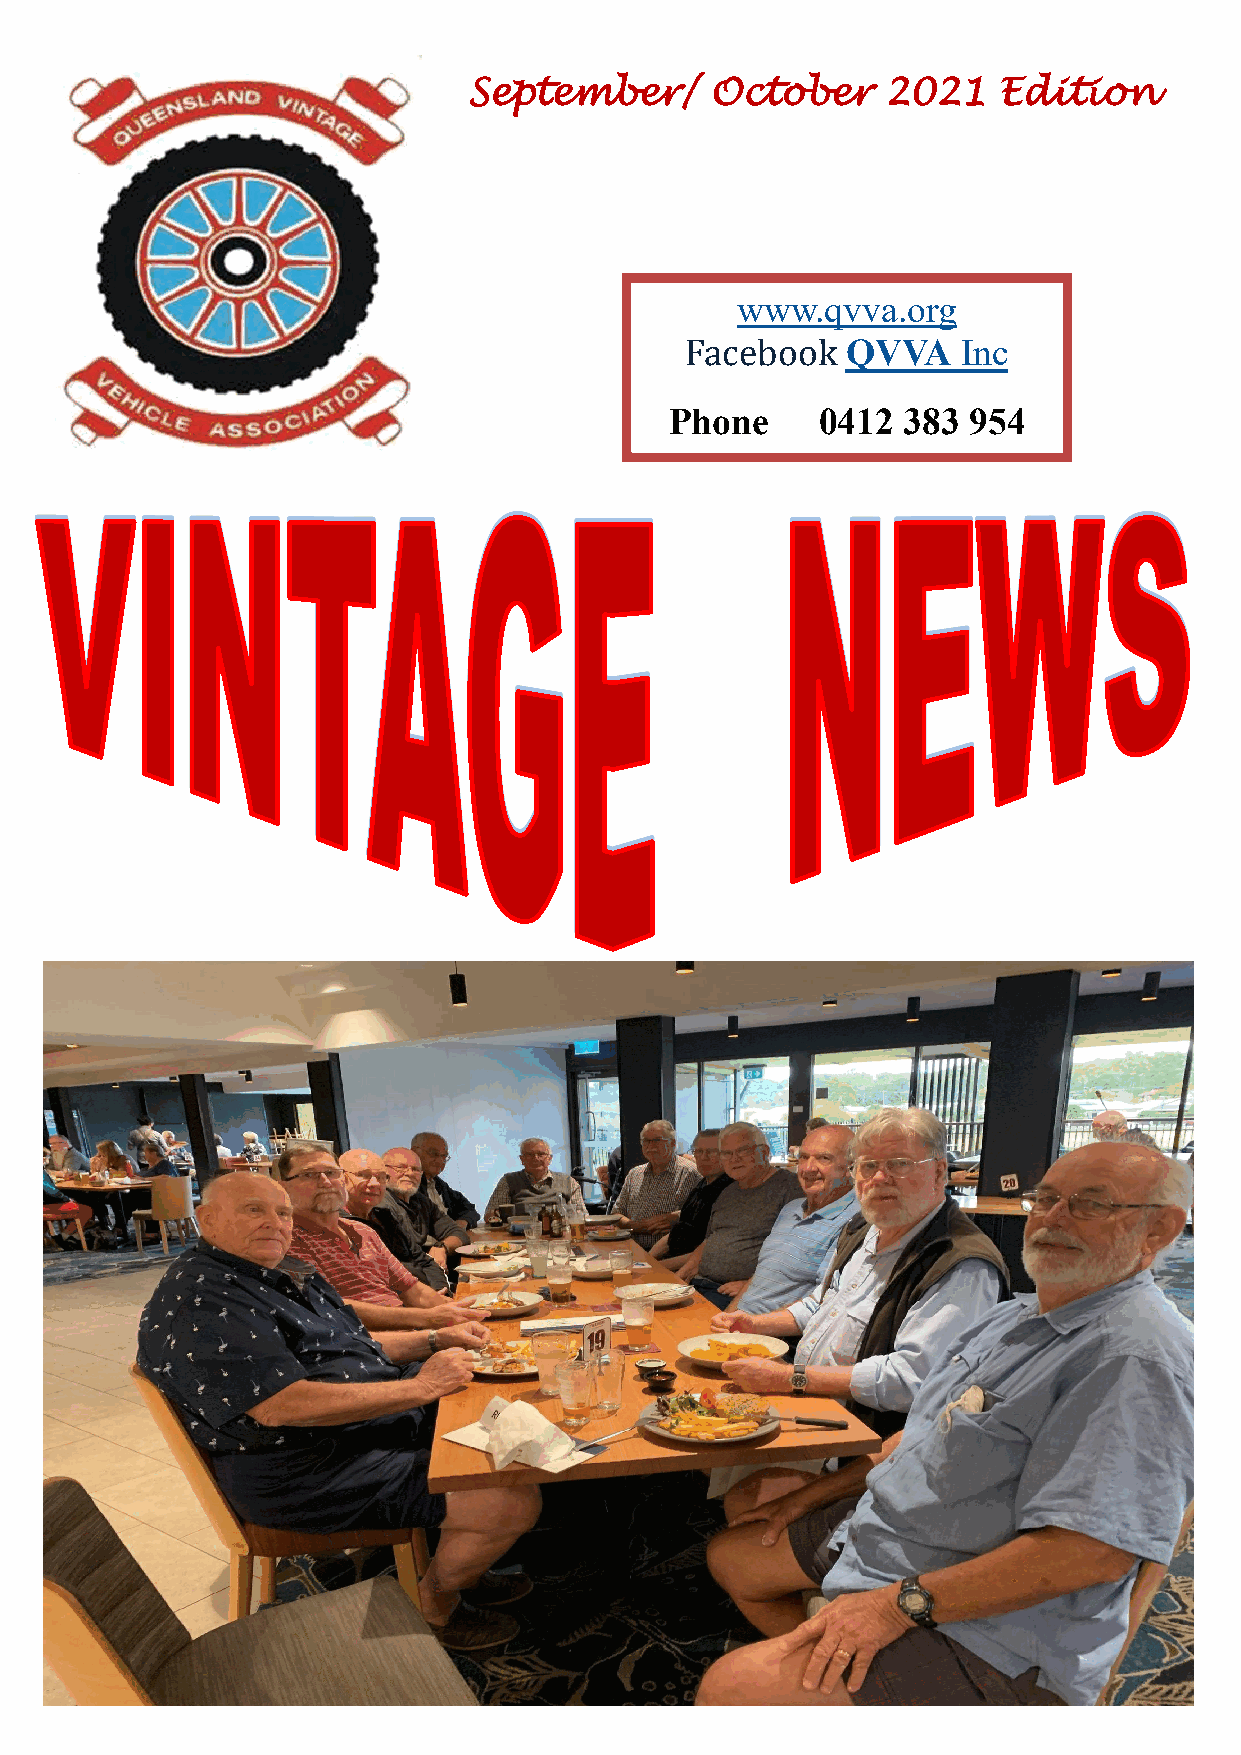
September/      October     2021   Edition
 www.qvva.org
 Facebook   QVVA    Inc
 Phone     0412  383 954